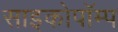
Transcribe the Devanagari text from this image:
साइकोपॉम्प